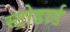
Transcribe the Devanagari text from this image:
स्टोडार्ड